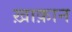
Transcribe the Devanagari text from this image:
ख़ाक़ान